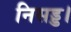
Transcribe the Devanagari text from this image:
निसड्ड।